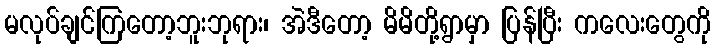
မလုပ်ချင်ကြတော့ဘူးဘုရား၊ အဲဒီတော့ မိမိတို့ရွာမှာ ပြန်ပြီး ကလေးတွေကို